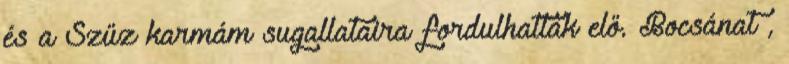
és a Szűz karmám sugallataira fordulhattak elő. Bocsánat ,